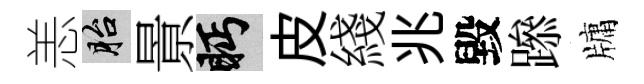
恙胎㬌眄皮綫兆毀𨅶牗